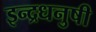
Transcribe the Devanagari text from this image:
इन्‍द्रधनुषी